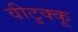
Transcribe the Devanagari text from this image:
वीटुक्कू